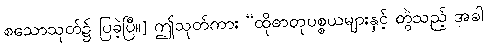
စသောသုတ်၌ ပြခဲ့ပြီ။] ဤသုတ်ကား “ထိုဓာတုပစ္စယများနှင့် တွဲသည့် အခါ